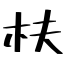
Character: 枎